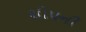
શોપની